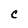
Character: C